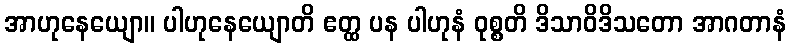
အာဟုနေယျော။ ပါဟုနေယျောတိ ဧတ္ထ ပန ပါဟုနံ ဝုစ္စတိ ဒိသာဝိဒိသတော အာဂတာနံ